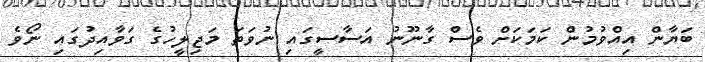
ބަޔާން އިއްވުމުން ކަމަކަށް ވެސް ގާނޫނު އަސާސީގައި ނުވަތަ މަޖިލީހުގެ ގަވާއިދުގައި ނޯވެ